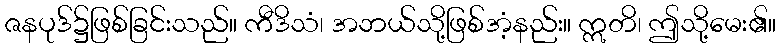
ဇနပုဒ်၌ဖြစ်ခြင်းသည်။ ကီဒိသံ၊ အဘယ်သို့ဖြစ်အံ့နည်း။ ဣတိ၊ ဤသို့မေး၏။